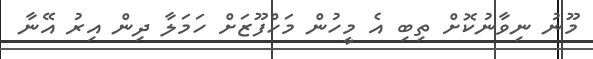
މޫނު ނިވާނުކޮށް ތިބި އެ މީހުން މަހްފޫޒަށް ހަމަލާ ދިން އިރު އޭނާ